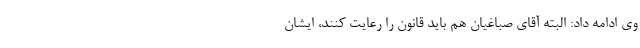
وی ادامه داد: البته آقای صباغیان هم باید قانون را رعایت کنند، ایشان